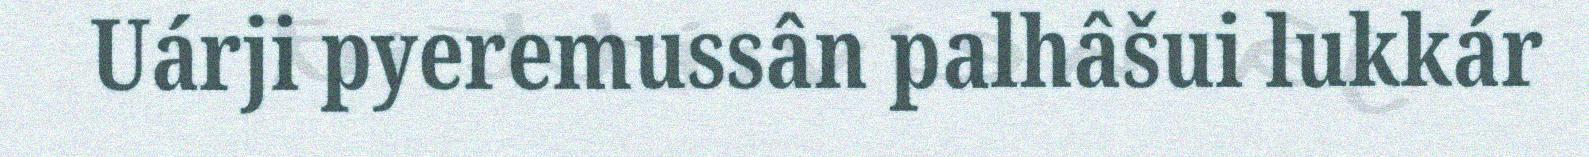
Uárji pyeremussân palhâšui lukkár